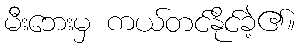
မီးဘေးမှ ကယ်တင်နိုင်ခဲ့၏။